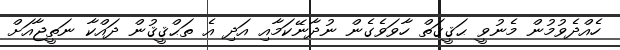
ހެއްދެވުމުން މެނުވީ ޙަޤީޤަތް ހާވަވެގެން ނުދާނޭކަމާއި އަދި އެ ތަޙްޤީޤުން ދައްކާ ނަތީޖާއަށް